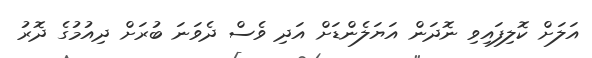
އަލަށް ކޮލިފައިވި ނޮދަން އަޔަލެންޑަށް އަދި ވެސް ދެވަނަ ބުރަށް ދިއުމުގެ ދޮރު